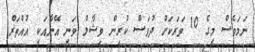
ނަމަވެސް މީގެ 10 ވަރަކަށް ދުވަސް ކުރިން ވިޝާލް ވަނީ އޭނާއަކީ އުއްތަރް